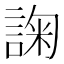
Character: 諊